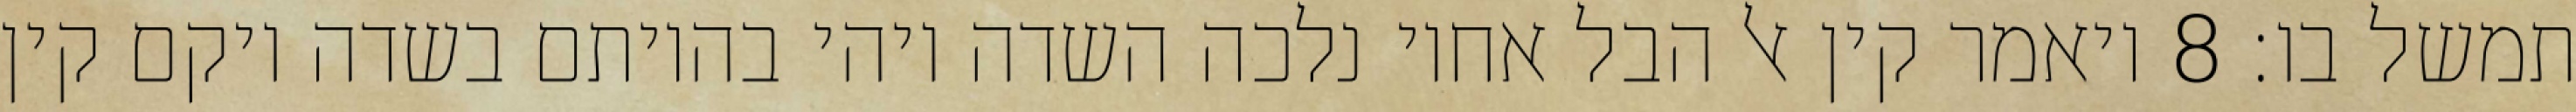
תמשל בו׃ ‎8‏ ויאמר קין אל הבל אחיו נלכה השדה ויהי בהיותם בשדה ויקם קין